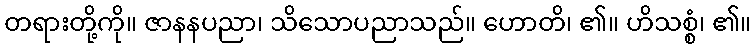
တရားတို့ကို။ ဇာနနပညာ၊ သိသောပညာသည်။ ဟောတိ၊ ၏။ ဟိသစ္စံ၊ ၏။